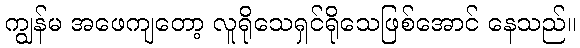
ကျွန်မ အဖေကျတော့ လူရိုသေရှင်ရိုသေဖြစ်အောင် နေသည်။